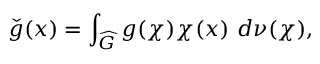
{ \check { g } } ( x ) = \int _ { \widehat { G } } g ( \chi ) \chi ( x ) \ d \nu ( \chi ) ,